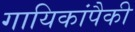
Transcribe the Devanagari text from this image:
गायिकांपैकी